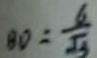
B D = \frac { 6 } { \sqrt { 3 } }